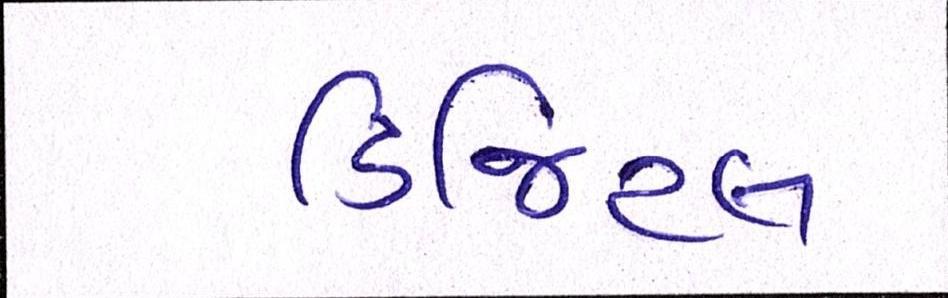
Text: ડિજિટલ